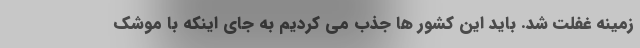
زمینه غفلت شد. باید این کشور ها جذب می کردیم به جای اینکه با موشک